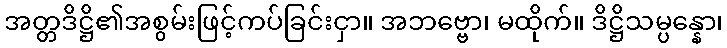
အတ္တဒိဋ္ဌိ၏အစွမ်းဖြင့်ကပ်ခြင်းငှာ။ အဘဗ္ဗော၊ မထိုက်။ ဒိဋ္ဌိသမ္ပန္နော၊